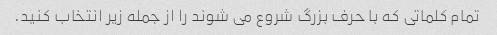
تمام کلماتی که با حرف بزرگ شروع می شوند را از جمله زیر انتخاب کنید.